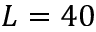
L = 4 0